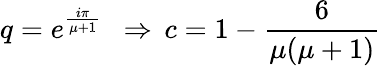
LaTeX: q=e^{\frac{i\pi}{\mu+1}}\ \ \Rightarrow\, c=1-\frac{6}{\mu(\mu+1)}